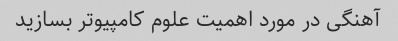
آهنگی در مورد اهمیت علوم کامپیوتر بسازید